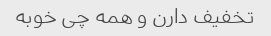
تخفیف دارن و همه چی خوبه